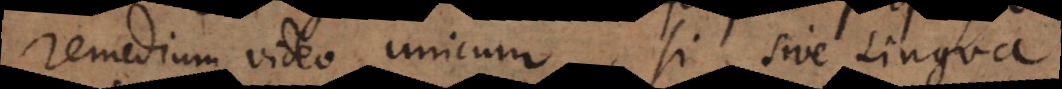
remedium video unicum, si sive Lingua